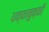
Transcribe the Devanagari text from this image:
धक्काबुक्की